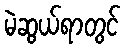
မဲဆွယ်ရာတွင်